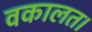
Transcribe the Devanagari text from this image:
वकालत।